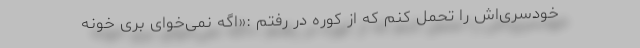
خودسری‌اش را تحمل کنم که از کوره در رفتم :«اگه نمی‌خوای بری خونه